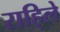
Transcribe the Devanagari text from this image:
राहि्ले